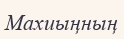
Махиыңның